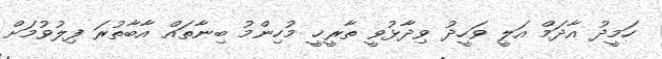
ހަމީދު އާދަމް އަލީ ވަހީދު ވިދާޅުވީ ތާރީޚީ މުހިންމު ބިނާތައް އާބާތުރަ ފިލުވުމަށް